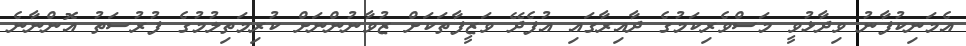
އެމަނިކުފާނު ވިދާޅުވީ މަސްވެރިކަމުގެ ދާއިރާގައި އުފެދޭ ވަޒީފާތަކަށް ޒުވާނުންނަށް ކުރިމަތިލުމުގެ ފުރުސަތު އޮންނާނެ